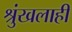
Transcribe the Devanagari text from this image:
श्रुंखलाही